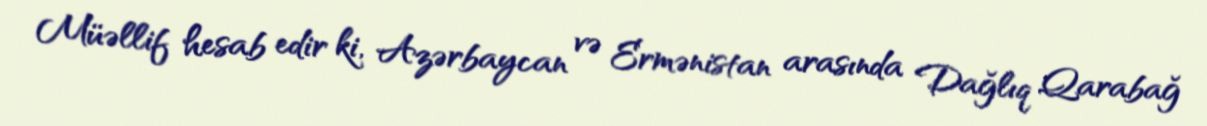
Müəllif hesab edir ki, Azərbaycan və Ermənistan arasında Dağlıq Qarabağ